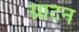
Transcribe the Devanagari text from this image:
ग्राटन